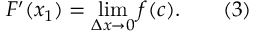
F ^ { \prime } ( x _ { 1 } ) = \operatorname* { l i m } _ { \Delta x \to 0 } f ( c ) . \qquad ( 3 )